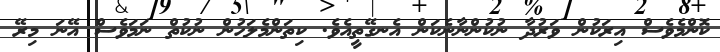
ކޮންމެވެސް އިރަކުން ވަރުދާ ނުކުންނާނެކަން އެނގޭތީއެވެ. ކިތަންމެލަހުން ނުކުތް ނަމަވެސް އޭނަ މިރޭ